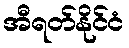
အီရတ်နိုင်ငံ